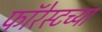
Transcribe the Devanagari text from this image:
फॉरेस्टच्या